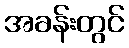
အခန်းတွင်